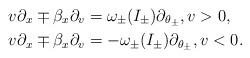
LaTeX: \begin{align*}v\partial_{x}\mp\beta_{x}\partial_{v} & =\omega_{\pm}(I_{\pm})\partial_{\theta_{\pm}},v>0,\\v\partial_{x}\mp\beta_{x}\partial_{v} & =-\omega_{\pm}(I_{\pm})\partial_{\theta_{\pm}},v<0.\end{align*}